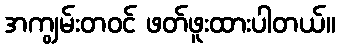
အကျွမ်းတဝင် ဖတ်ဖူးထားပါတယ်။